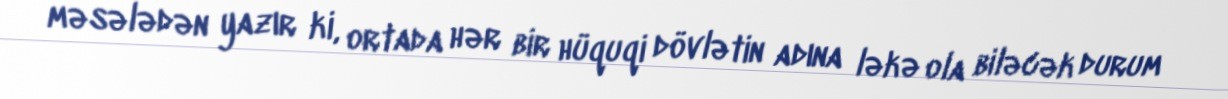
məsələdən yazır ki, ortada hər bir hüquqi dövlətin adına ləkə ola biləcək durum